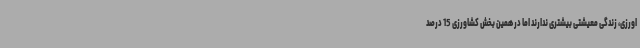
اورزی، زندگی معیشتی بیشتری ندارند اما در همین بخش کشاورزی 15 درصد